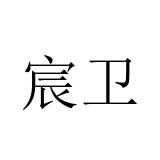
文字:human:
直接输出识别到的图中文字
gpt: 宸卫